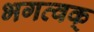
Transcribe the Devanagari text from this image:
भगत्वक्